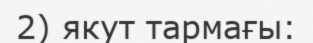
2) якут тармағы: